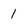
Character: 1